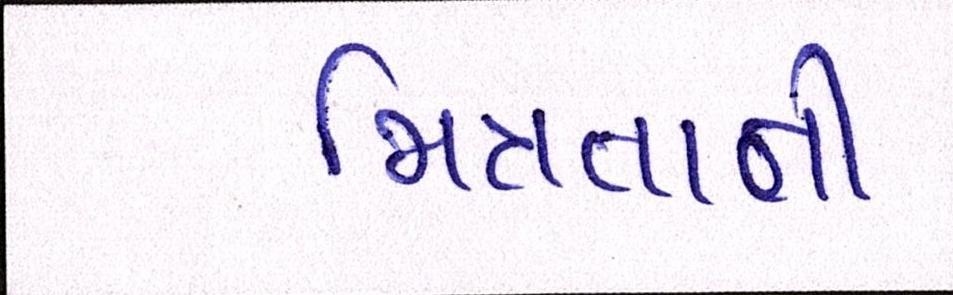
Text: મિત્રતાની